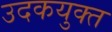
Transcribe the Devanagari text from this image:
उदकयुक्त